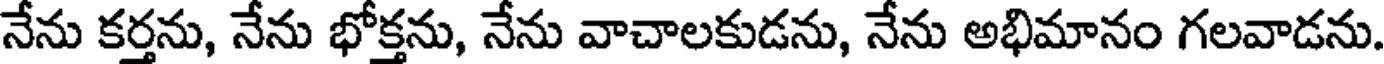
నేను కర్తను, నేను భోక్తను, నేను వాచాలకుడను, నేను అభిమానం గలవాడను.